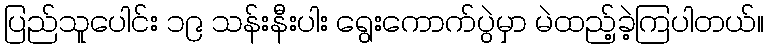
ပြည်သူပေါင်း ၁၉ သန်းနီးပါး ရွေးကောက်ပွဲမှာ မဲထည့်ခဲ့ကြပါတယ်။